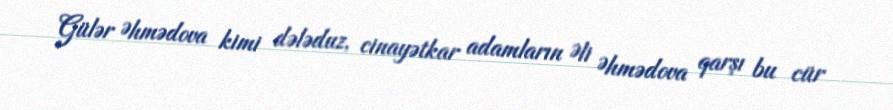
Gülər Əhmədova kimi dələduz, cinayətkar adamların Əli Əhmədova qarşı bu cür